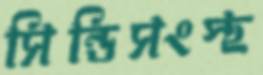
সিন্ডিসংস্থ